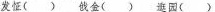
发怔( ) 戗金( ) 逛园( )